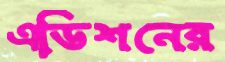
এডিশনের